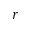
r